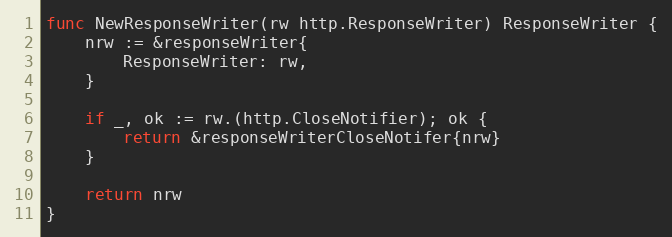
Language: Go
func NewResponseWriter(rw http.ResponseWriter) ResponseWriter {
	nrw := &responseWriter{
		ResponseWriter: rw,
	}

	if _, ok := rw.(http.CloseNotifier); ok {
		return &responseWriterCloseNotifer{nrw}
	}

	return nrw
}